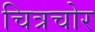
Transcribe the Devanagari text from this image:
चित्रचोर